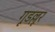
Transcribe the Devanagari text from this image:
गूडल्लूर